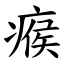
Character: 瘊